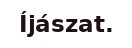
Íjászat.